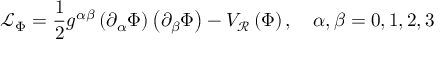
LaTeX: \mathcal { L } _ { \Phi } = \frac { 1 } { 2 } g ^ { \alpha \beta } \left( \partial _ { \alpha } \Phi \right) \left( \partial _ { \beta } \Phi \right) - V _ { \mathcal { R } } \left( \Phi \right) , \quad \alpha , \beta = 0 , 1 , 2 , 3